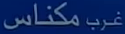
مكناس غرب